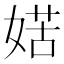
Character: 𡞯